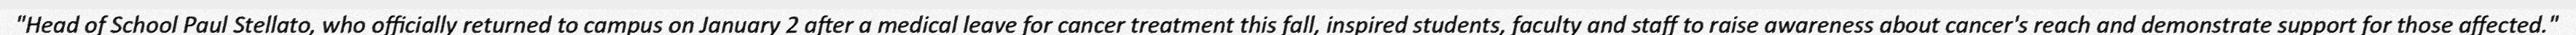
"Head of School Paul Stellato, who officially returned to campus on January 2 after a medical leave for cancer treatment this fall, inspired students, faculty and staff to raise awareness about cancer's reach and demonstrate support for those affected."